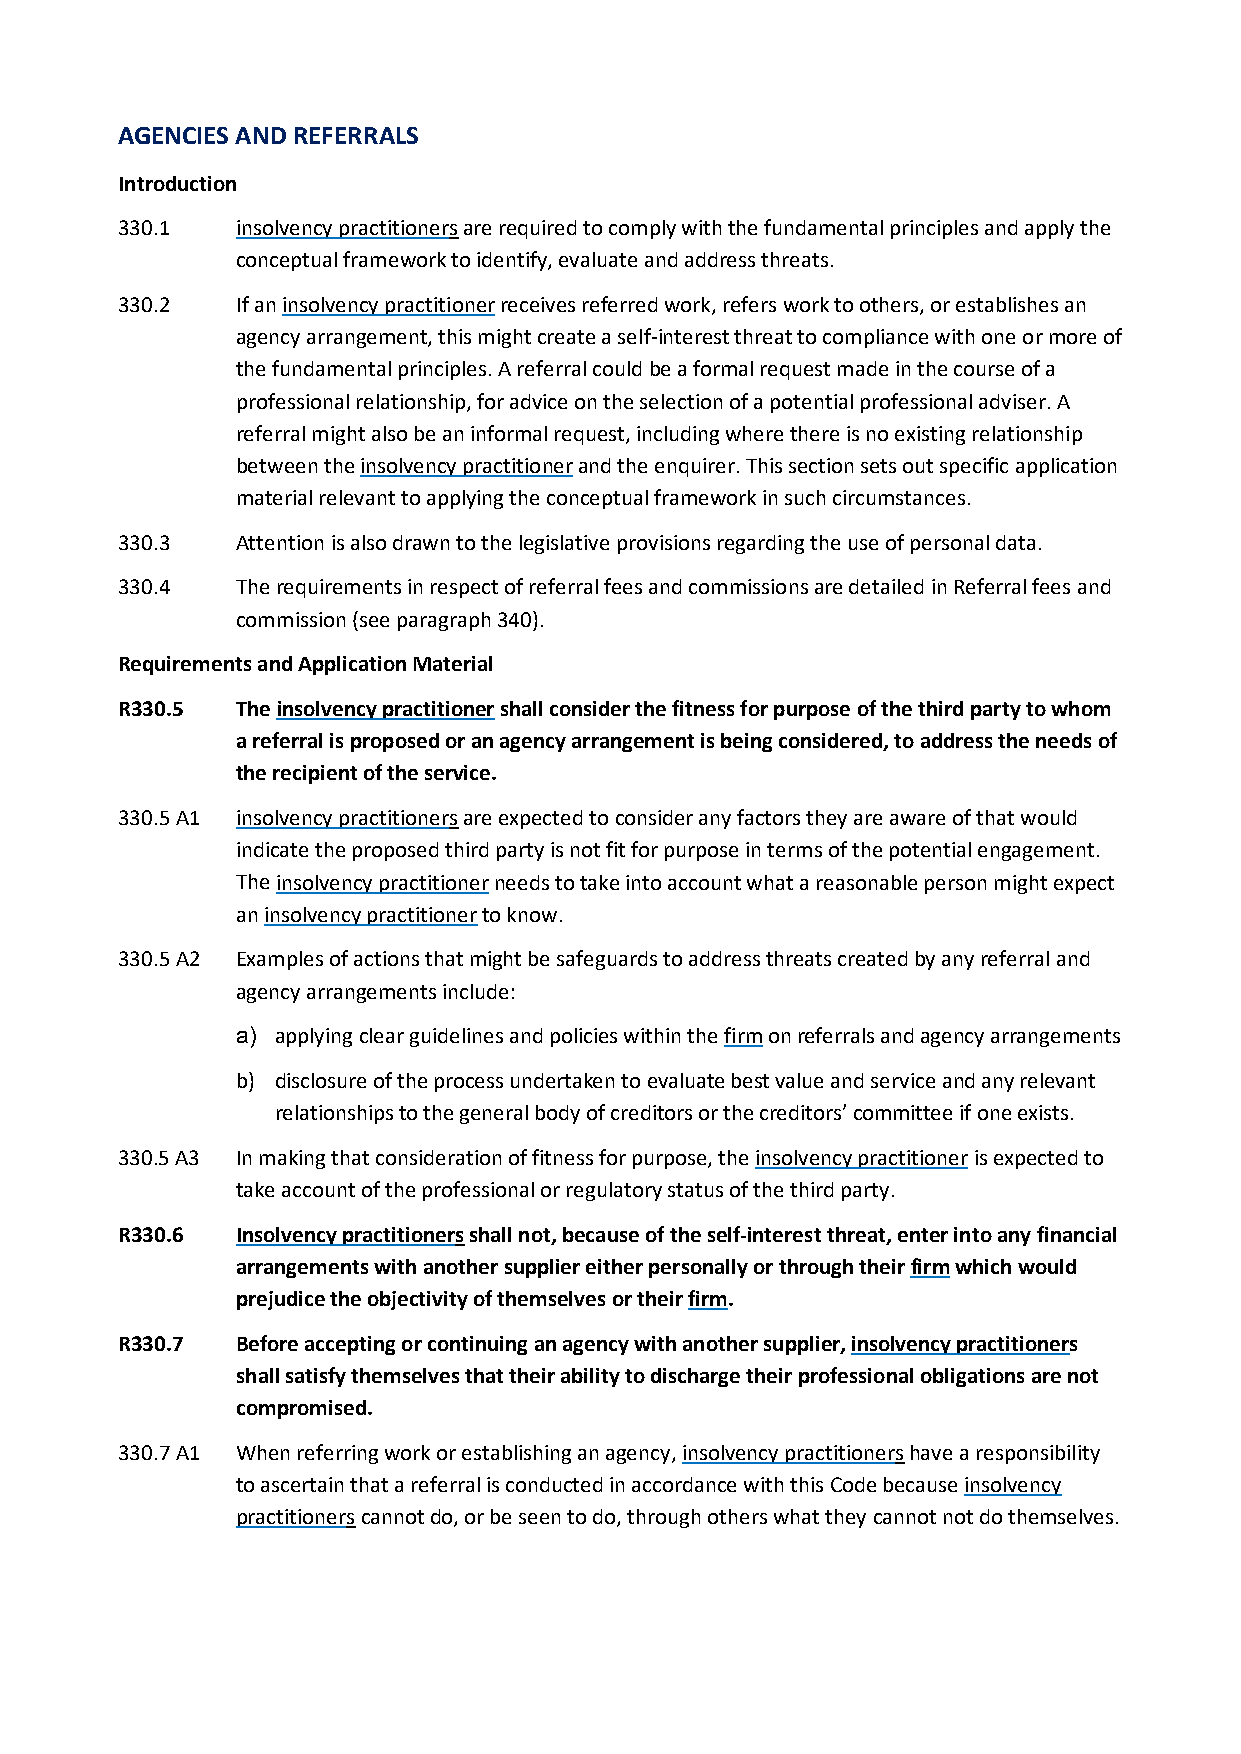
AGENCIES AND REFERRALS
 Introduction
 330.1   insolvency practitioners are required to comply with the fundamental principles and apply the
 conceptual framework to identify, evaluate and address threats.
 330.2   If an insolvency practitioner receives referred work, refers work to others, or establishes an
 agency arrangement, this might create a self-interest threat to compliance with one or more of
 the fundamental principles. A referral could be a formal request made in the course of a
 professional relationship, for advice on the selection of a potential professional adviser. A
 referral might also be an informal request, including where there is no existing relationship
 between the insolvency practitioner and the enquirer. This section sets out specific application
 material relevant to applying the conceptual framework in such circumstances.
 330.3   Attention is also drawn to the legislative provisions regarding the use of personal data.
 330.4   The requirements in respect of referral fees and commissions are detailed in Referral fees and
 commission (see paragraph 340).
 Requirements and Application Material
 R330.5  The insolvency practitioner shall consider the fitness for purpose of the third party to whom
 a referral is proposed or an agency arrangement is being considered, to address the needs of
 the recipient of the service.
 330.5 A1 insolvency practitioners are expected to consider any factors they are aware of that would
 indicate the proposed third party is not fit for purpose in terms of the potential engagement.
 The insolvency practitioner needs to take into account what a reasonable person might expect
 an insolvency practitioner to know.
 330.5 A2 Examples of actions that might be safeguards to address threats created by any referral and
 agency arrangements include:
 a) applying clear guidelines and policies within the firm on referrals and agency arrangements
 b) disclosure of the process undertaken to evaluate best value and service and any relevant
 relationships to the general body of creditors or the creditors’ committee if one exists.
 330.5 A3 In making that consideration of fitness for purpose, the insolvency practitioner is expected to
 take account of the professional or regulatory status of the third party.
 R330.6  Insolvency practitioners shall not, because of the self-interest threat, enter into any financial
 arrangements with another supplier either personally or through their firm which would
 prejudice the objectivity of themselves or their firm.
 R330.7  Before accepting or continuing an agency with another supplier, insolvency practitioners
 shall satisfy themselves that their ability to discharge their professional obligations are not
 compromised.
 330.7 A1 When referring work or establishing an agency, insolvency practitioners have a responsibility
 to ascertain that a referral is conducted in accordance with this Code because insolvency
 practitioners cannot do, or be seen to do, through others what they cannot not do themselves.